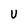
Character: U